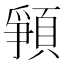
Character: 𩓞